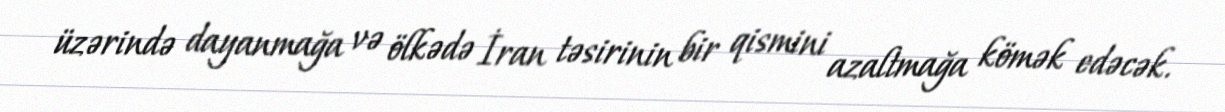
üzərində dayanmağa və ölkədə İran təsirinin bir qismini azaltmağa kömək edəcək.